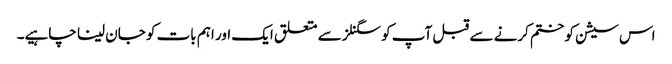
اس سیشن کو ختم کرنے سے قبل آپ کو سگنلز سے متعلق ایک اور اہم بات کو جان لینا چاہیے۔